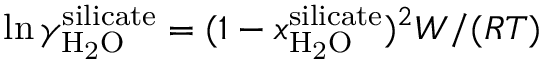
\ln { \gamma _ { \mathrm { H _ { 2 } O } } ^ { \mathrm { s i l i c a t e } } } = ( 1 - x _ { \mathrm { H _ { 2 } O } } ^ { \mathrm { s i l i c a t e } } ) ^ { 2 } W / ( R T )